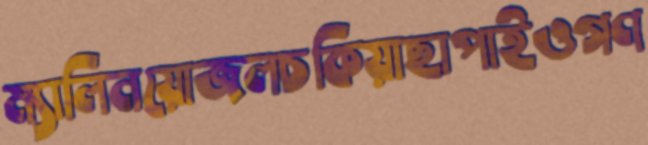
ম্যালিনয়োজলচকিয়াছাপাইওগণ